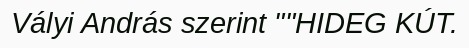
Vályi András szerint ""HIDEG KÚT.